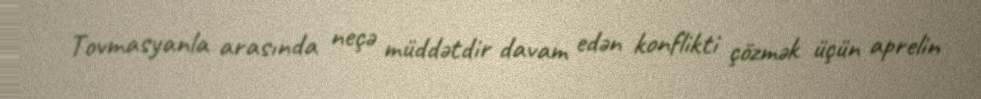
Tovmasyanla arasında neçə müddətdir davam edən konflikti çözmək üçün aprelin